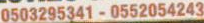
0503295341-0552054243